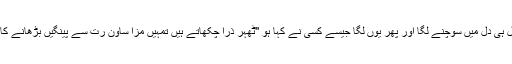
دل ہی دل میں سوچنے لگا اور پھر یوں لگا جیسے کسی نے کہا ہو ''ٹھہر ذرا چکھاتے ہیں تمہیں مزا ساون رت سے پینگیں بڑھانے کا''۔